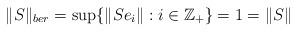
LaTeX: \begin{align*}\|S \|_{ber} = \sup\{\| Se_i \|: i \in \mathbb{Z}_{+} \}= 1 = \|S\|\end{align*}